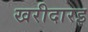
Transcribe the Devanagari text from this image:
खरीदारइ